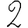
Digit: 2